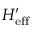
H _ { \mathrm { e f f } } ^ { \prime }